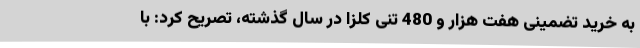
به خرید تضمینی هفت هزار و 480 تنی کلزا در سال گذشته، تصریح کرد: با